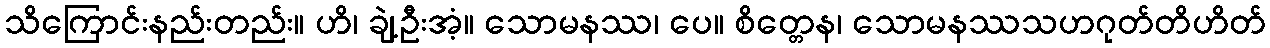
သိကြောင်းနည်းတည်း။ ဟိ၊ ချဲ့ဦးအံ့။ သောမနဿ၊ ပေ။ စိတ္တေန၊ သောမနဿသဟဂုတ်တိဟိတ်